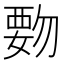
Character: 覅